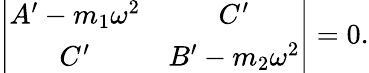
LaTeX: \left|\begin{array}{cc}{{A^{\prime}-m_{1}\omega^{2}}}&{{C^{\prime}}}\\ {{C^{\prime}}}&{{B^{\prime}-m_{2}\omega^{2}}}\end{array}\right|=0.